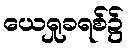
ယေရှုခရစ်၌